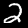
Digit: 2